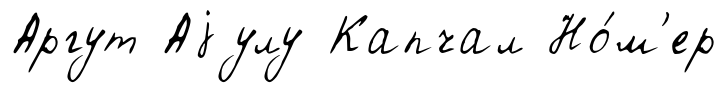
Аргут Аjулу Капчал Но́м'ер